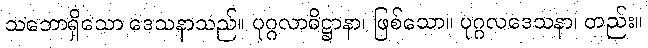
သဘောရှိသော ဒေသနာသည်။ ပုဂ္ဂလာဓိဋ္ဌာနာ၊ ဖြစ်သော။ ပုဂ္ဂလဒေသနာ၊ တည်း။